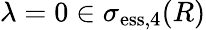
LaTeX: \lambda=0\in\sigma_{\mathrm{ess},4}(R)